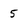
Character: 5